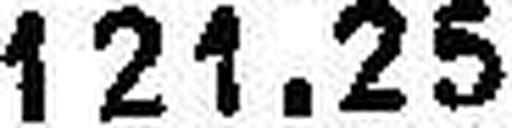
121.25